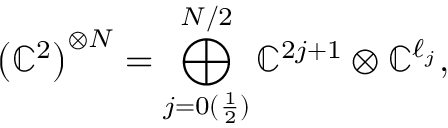
\left( \mathbb { C } ^ { 2 } \right) ^ { \otimes N } = \bigoplus _ { j = 0 ( \frac { 1 } { 2 } ) } ^ { N / 2 } \mathbb { C } ^ { 2 j + 1 } \otimes \mathbb { C } ^ { \ell _ { j } } ,